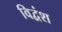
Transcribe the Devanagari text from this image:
विद्वंश